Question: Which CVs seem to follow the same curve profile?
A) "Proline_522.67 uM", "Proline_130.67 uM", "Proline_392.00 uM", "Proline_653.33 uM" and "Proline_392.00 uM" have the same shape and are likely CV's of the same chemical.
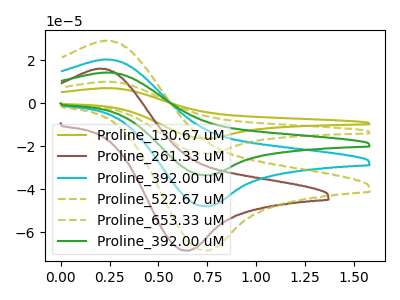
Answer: <think>The olive curve "Proline_130.67 uM" has an anodic peak at (0.25V, 81.10uA) and a cathodic peak at (0.75V, -192.10uA). The brown curve "Proline_261.33 uM" has an anodic peak at (0.20V, 16.05uA) and a cathodic peak at (0.65V, -68.65uA). The cyan curve "Proline_392.00 uM" has an anodic peak at (0.25V, 20.30uA) and a cathodic peak at (0.75V, -48.05uA). The olive dashed curve "Proline_522.67 uM" has an anodic peak at (0.25V, 29.00uA) and a cathodic peak at (0.75V, -68.65uA). The olive dashed curve "Proline_653.33 uM" has an anodic peak at (0.25V, 60.85uA) and a cathodic peak at (0.75V, -144.10uA). The green curve "Proline_392.00 uM" has an anodic peak at (0.25V, 40.55uA) and a cathodic peak at (0.75V, -96.05uA).
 "Proline_130.67 uM" and "Proline_261.33 uM" have at least one peak that do not match. All the peaks in "Proline_130.67 uM" have a peak in "Proline_392.00 uM" at the same potential. Every peak in "Proline_130.67 uM" is higher than every peak in "Proline_392.00 uM". All the peaks in "Proline_130.67 uM" have a peak in "Proline_522.67 uM" at the same potential. Every peak in "Proline_130.67 uM" is higher than every peak in "Proline_522.67 uM". All the peaks in "Proline_130.67 uM" have a peak in "Proline_653.33 uM" at the same potential. Every peak in "Proline_130.67 uM" is higher than every peak in "Proline_653.33 uM". All the peaks in "Proline_130.67 uM" have a peak in "Proline_392.00 uM" at the same potential. Every peak in "Proline_130.67 uM" is higher than every peak in "Proline_392.00 uM". "Proline_261.33 uM" and "Proline_392.00 uM" have at least one peak that do not match. "Proline_261.33 uM" and "Proline_522.67 uM" have at least one peak that do not match. "Proline_261.33 uM" and "Proline_653.33 uM" have at least one peak that do not match. "Proline_261.33 uM" and "Proline_392.00 uM" have at least one peak that do not match. All the peaks in "Proline_392.00 uM" have a peak in "Proline_522.67 uM" at the same potential. Every peak in "Proline_392.00 uM" is lower than every peak in "Proline_522.67 uM". All the peaks in "Proline_392.00 uM" have a peak in "Proline_653.33 uM" at the same potential. Every peak in "Proline_392.00 uM" is lower than every peak in "Proline_653.33 uM". All the peaks in "Proline_392.00 uM" have a peak in "Proline_392.00 uM" at the same potential. Every peak in "Proline_392.00 uM" is lower than every peak in "Proline_392.00 uM". All the peaks in "Proline_522.67 uM" have a peak in "Proline_653.33 uM" at the same potential. Every peak in "Proline_522.67 uM" is lower than every peak in "Proline_653.33 uM". All the peaks in "Proline_522.67 uM" have a peak in "Proline_392.00 uM" at the same potential. Every peak in "Proline_522.67 uM" is lower than every peak in "Proline_392.00 uM". All the peaks in "Proline_653.33 uM" have a peak in "Proline_392.00 uM" at the same potential. Every peak in "Proline_653.33 uM" is higher than every peak in "Proline_392.00 uM".</think>
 <answer>A) "Proline_522.67 uM", "Proline_130.67 uM", "Proline_392.00 uM", "Proline_653.33 uM" and "Proline_392.00 uM" have the same shape and are likely CV's of the same chemical.</answer>
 <eval>A</eval>